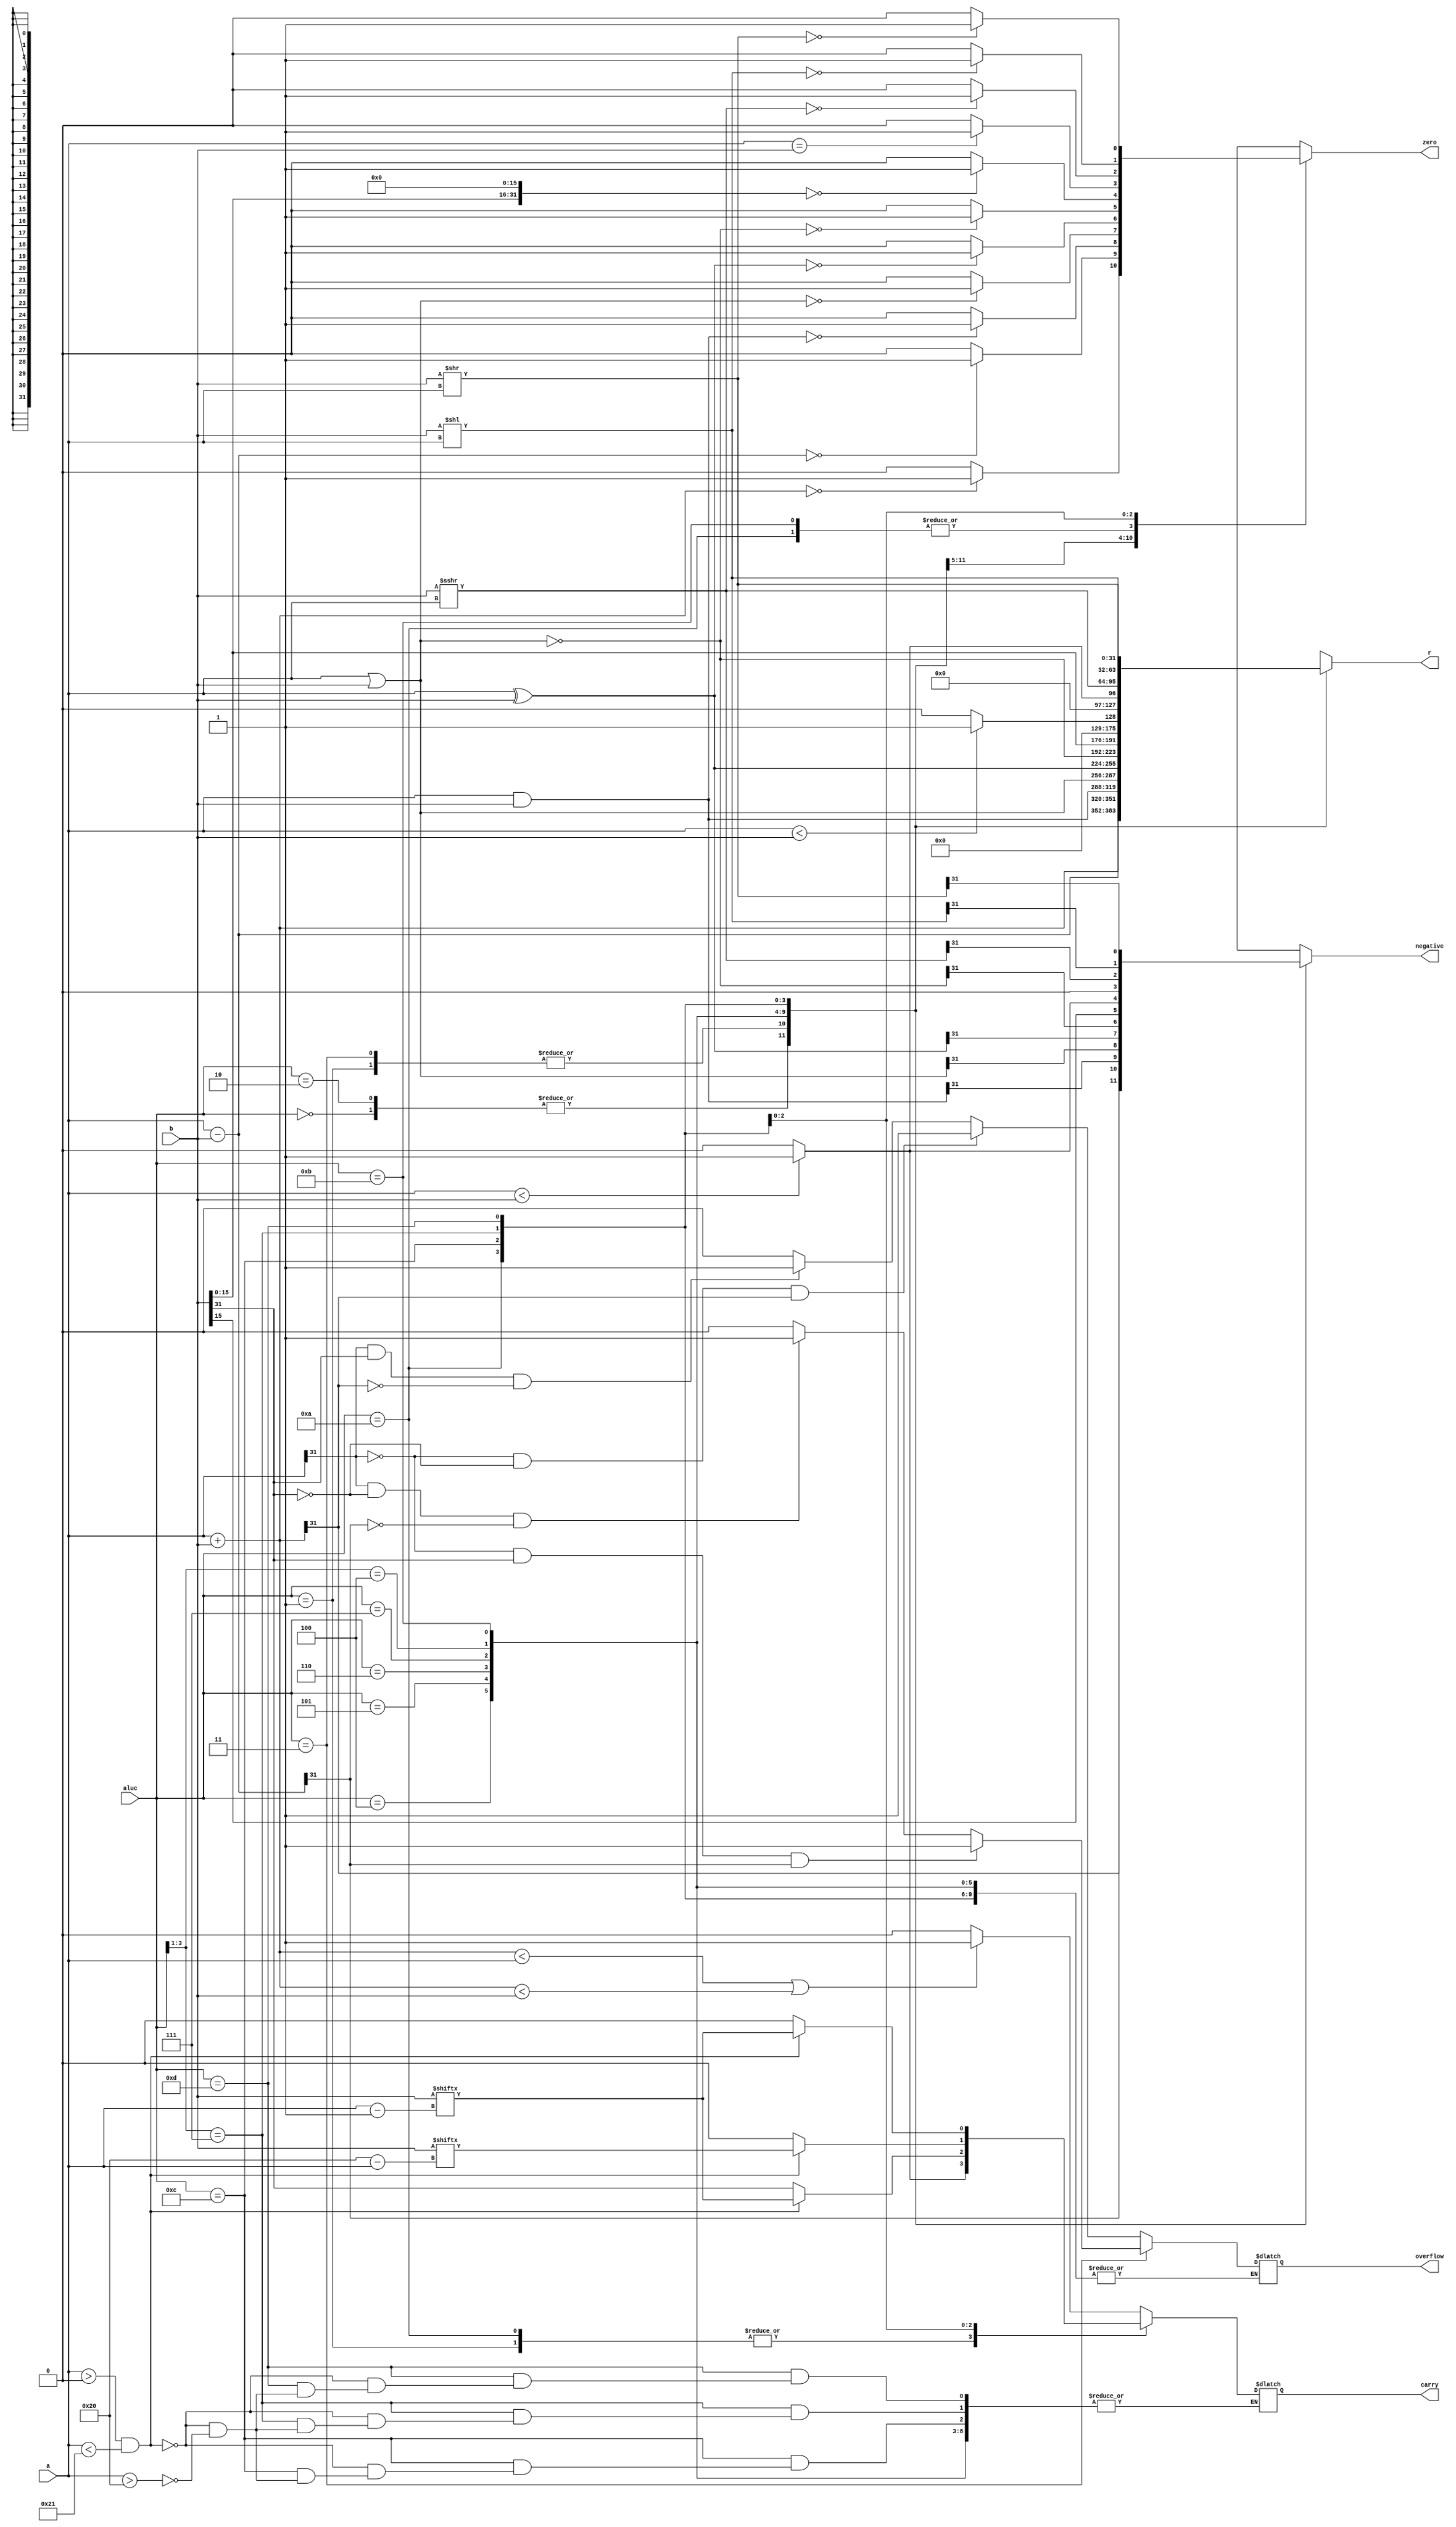
`timescale 1ns / 1ps
//////////////////////////////////////////////////////////////////////////////////
// Company: 
// Engineer: 
// 
// Design Name: 
// Module Name: alu
// Project Name: 
// Target Devices: 
// Tool Versions: 
// Description: 
// 
// Dependencies: 
// 
// Revision:
// Revision 0.01 - File Created
// Additional Comments:
// 
//////////////////////////////////////////////////////////////////////////////////


module ALU(a,b,aluc,r,zero,carry,negative,overflow);
	input [31:0] a;
	input [31:0] b;
	input [3:0] aluc;
	output reg [31:0] r;
	output reg zero,carry,negative,overflow;
	wire [31:0] ADDU,ADD,SUBU,SUB,AND,OR,XOR,NOR,LUI,SLT,SLTU,SRA,SLA,SRL;
	assign ADDU=a+b;
	assign ADD=a+b;
	assign SUBU=a-b;
	assign SUB=a-b;
	assign AND=a&b;
	assign OR=a|b;
	assign XOR=a^b;
	assign NOR=~(a|b);
	assign LUI={b[15:0],16'b0};
	assign SLT=($signed(a)<$signed(b))?1:0;
	assign SLTU=(a<b)?1:0;
	assign SRA=($signed(b))>>>a;
	assign SLA=b<<a;
	assign SRL=b>>a;
	always @(*)
	begin
	casex(aluc)
		4'b0000:
        begin 
            r=ADDU; 
            zero=(r==0)?1:0;
            if(r<a||r<b)carry=1;
            else carry=0;
            negative=r[31];
		end
		4'b0010:
        begin
            r=ADD;
            zero=(r==0)?1:0;
            negative=r[31];
            overflow=0;
            if(a[31]==1&&b[31]==1&&r[31]==0)overflow=1;
            if(a[31]==0&&b[31]==0&&r[31]==1)overflow=1;
		end
		4'b0001:
        begin
            r=SUBU;
            zero=(r==0)?1:0;
            if(a<b)carry=1;
            else carry=0;
            negative=r[31];
		end
		4'b0011:
        begin 
            r=SUB;
            zero=(r==0)?1:0;
            negative=r[31];
            overflow=0;
            if(a[31]==1&&b[31]==0&&r[31]==0)overflow=1;
            if(a[31]==0&&b[31]==1&&r[31]==1)overflow=1;
        end
		4'b0100:
        begin
            r=AND;
            zero=(r==0)?1:0;
            negative=r[31];
		end
		4'b0101:
        begin
            r=OR;
            zero=(r==0)?1:0;
            negative=r[31];
        end
		4'b0110:
        begin
            r=XOR;
            zero=(r==0)?1:0;
            negative=r[31];
        end
        4'b0111:
        begin 
            r=NOR;
            zero=(r==0)?1:0;
            negative=r[31];
        end
		4'b100x:
        begin
            r=LUI;
            zero=(r==0)?1:0;
            negative=r[31];
        end
		4'b1011:
        begin
            r=SLT;
            zero=(a==b)?1:0;
            negative=(a<b)?1:0;
		end
		4'b1010:
        begin
            r=SLTU;
            zero=(a==b)?1:0;
            if(a<b)carry=1;
            else carry=0;
            negative=r[31];
		end
		4'b1100:
        begin
            r=SRA;
            zero=(r==0)?1:0;
            negative=r[31];
            if(a>0&&a<33)carry=b[a-1];
            else if(a>32)carry=b[31];
        end
		4'b111x:
        begin
            r=SLA;
            zero=(r==0)?1:0;
            negative=r[31];
            if(a>0&&a<33)carry=b[32-a];
            else if(a>32)carry=0;
        end
		4'b1101:
        begin
            r=SRL;
            zero=(r==0)?1:0;
            negative=r[31];
            if(a>0&&a<33)carry=b[a-1];
            else if(a>32)carry=0;
        end
	endcase
	end
endmodule